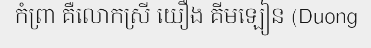
កំព្រា គឺលោកស្រី យឿង គីមឡៀន (Duong